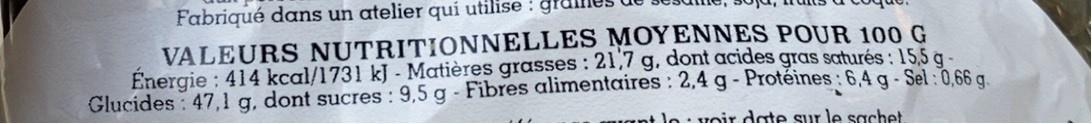
Fabriqué dans un atelier quí utilise : gre
VALEURS NUTRITIONNELLES MOYENNES POUR 10O G Énergie : 414 kcal/1731 kJ Matières grasses : 21,7 g. dont acides gras saturés : 15,5 g - Glucides : 47,1 g, dont sucres : 9,5 g Fibres alimentaires : 2,4 g- Protéines: 6,4 g - Sel : 0.66 a.
-nt ln voir date sur le sachet